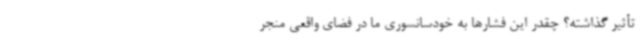
تأثیر گذاشته؟ چقدر این فشارها به خودسانسوری ما در فضای واقعی منجر